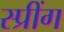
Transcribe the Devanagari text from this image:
स्प्रींग